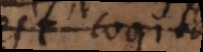
est cogitans